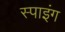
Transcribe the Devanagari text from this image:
स्पाइंग